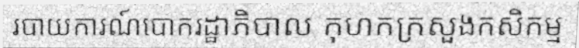
របាយការណ៍បោករដ្ឋាភិបាល កុហកក្រសួងកសិកម្ម